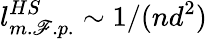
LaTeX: l_{m.\mathscr{F}.p.}^{HS}\sim1/(nd^{2})